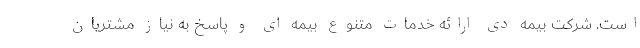
است. شرکت بیمه دی ارائه خدمات متنوع بیمه ای و پاسخ به نیاز مشتریان